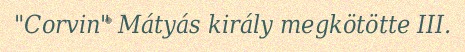
"Corvin" Mátyás király megkötötte III.